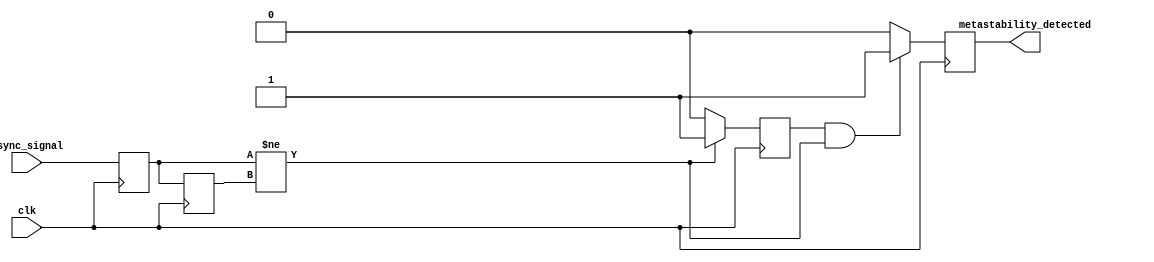
module metastability_detector (
    input wire clk,                // Clock signal
    input wire async_signal,       // Asynchronous input signal
    output reg metastability_detected // Output indication of metastability
);

    reg dff1, dff2;               // Outputs of the two D flip-flops
    reg pulse;                    // Pulse signal indicating a change

    // D Flip-Flops for sampling the asynchronous signal
    always @(posedge clk) begin
        dff1 <= async_signal;     // Sample the input signal
        dff2 <= dff1;             // Sample the output of the first flip-flop
    end

    // Pulse generation logic
    always @(posedge clk) begin
        if (dff1 != dff2) begin
            pulse <= 1'b1;         // Generate a pulse if dff1 and dff2 are different
        end else begin
            pulse <= 1'b0;         // Clear the pulse if they are the same
        end
    end

    // Metastability detection logic
    always @(posedge clk) begin
        if (pulse && (dff1 != dff2)) begin
            metastability_detected <= 1'b1; // Indicate metastability detected
        end else begin
            metastability_detected <= 1'b0; // Clear the indication
        end
    end

endmodule